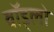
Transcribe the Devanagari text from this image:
वॉड्लो